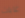
غابات